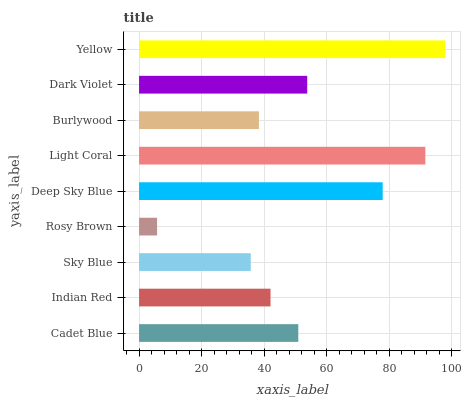
| yaxis_label | bars |
 | --- | --- |
 | Cadet Blue | 50.9 |
 | Indian Red | 42 |
 | Sky Blue | 35.7 |
 | Rosy Brown | 5.76 |
 | Deep Sky Blue | 77.9 |
 | Light Coral | 91.6 |
 | Burlywood | 38.3 |
 | Dark Violet | 53.8 |
 | Yellow | 97.9 |